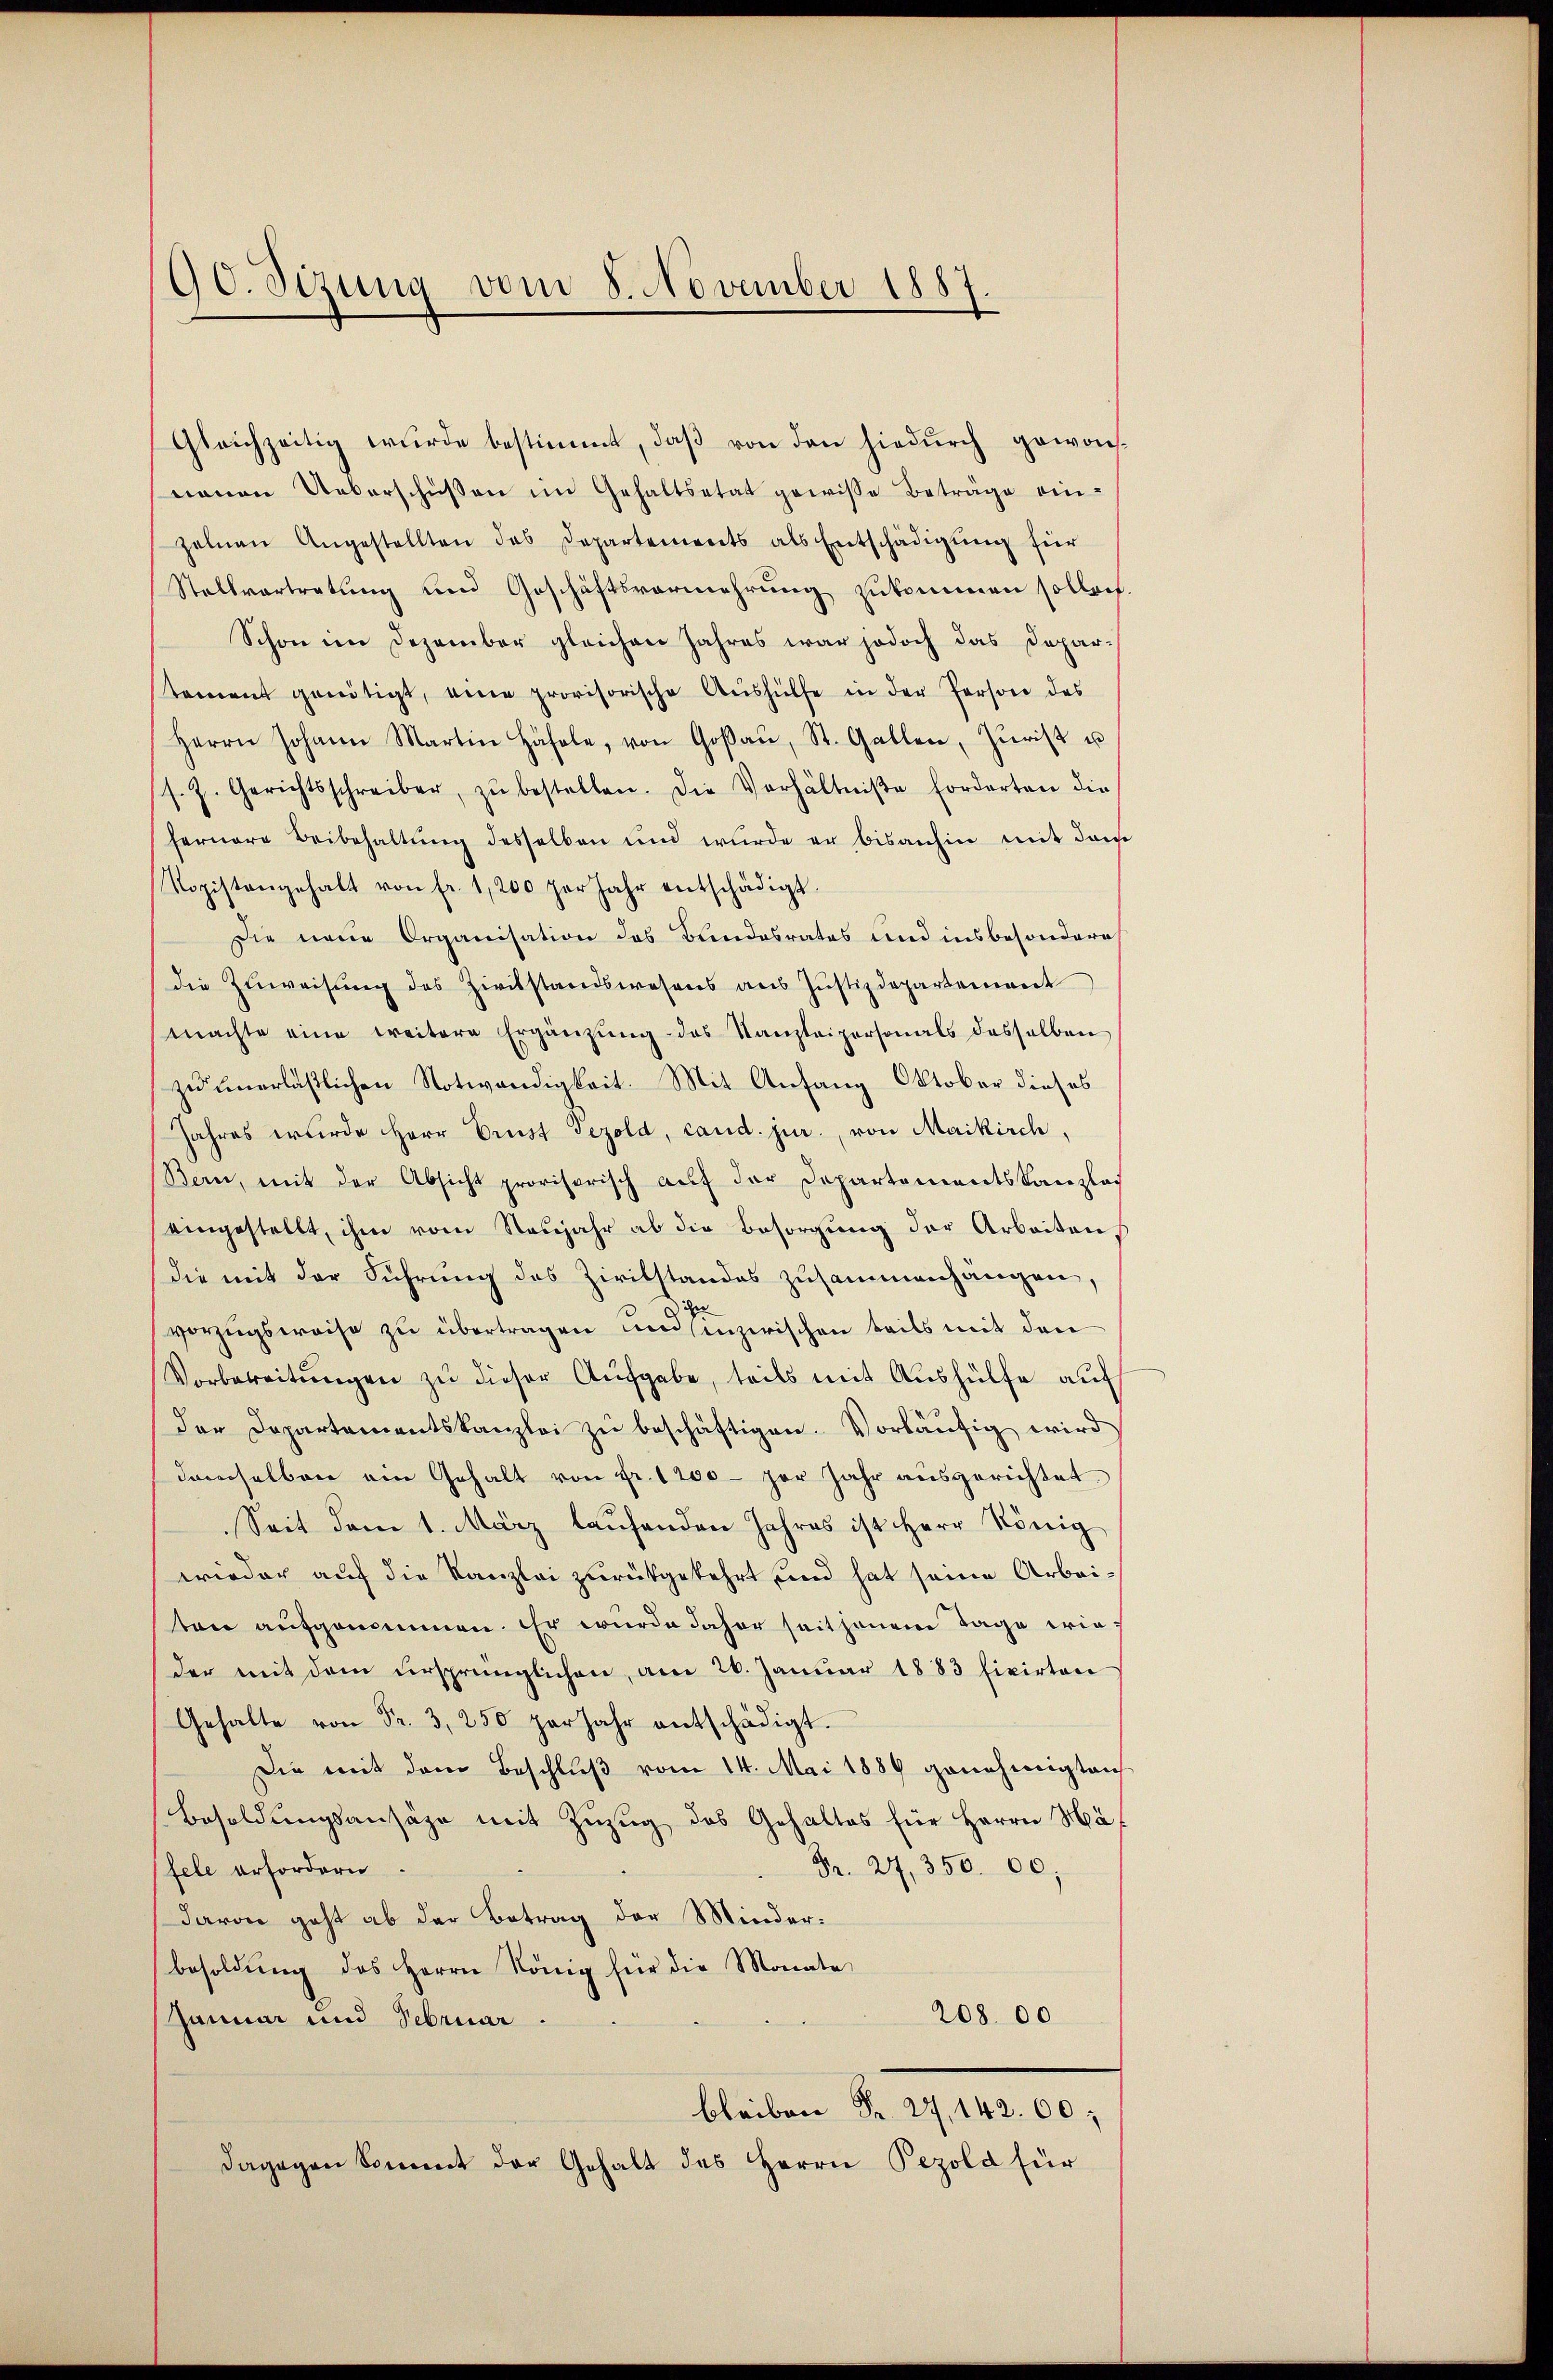
90. Sizung vom 8. November 1887.

Gleichzeitig wurde bestimmt, daß von den hiedurch gewonneuen Ueberschüßen im Gehaltsetat gewisse Beträge ein-
zelnen Angestellten des Departements als Entschädigŭng für
Stellvertretung und Geschäftsvermehrung zukommen sollen.
Schon im Dezember gleichen Jahres war jedoch das Depar-
tement genötigt, eine provisorische Aŭshülfe in der Person des
Herrn Johann Martin Häfele, von Goßau, St. Gallen, Zŭrist u
s. Z. Gerichtsschreiber, zŭ bestellen. Die Verhältniβe Forderten die
fernere Beibehaltung desselben und wurde er bisanhin mit dem
Ropistangehalt von fr. 1,200 per Jahr entschädigt.
Die neue Organisation des Bundesrates und insbesondere
die Zuweisung des Zivilstandswesens aus Justizdepartement
machte eine weitere Ergänzŭng des Kanzleipersonals dasselben
zu unerläßlichen Notwendigkeit. Mit Anfang Oktober dieses
Jahres wurde Herr Prust Gezold, cand. jur., von Maikirch,
Bern, mit der Absicht provisorisch auf der Departementskanzlas
eingestellt, ihm vom Neujahr ab die Besorgung der Arbeiten
die mit der Führung des Zivilstandes zusammenhängen,
vorzugsweise zu übertragen und sinzerischen teils mit den
Vorbereitŭngen zu dieser Aufgabe, teils mit Aushülfe auf
der Departementskanzlei zu beschäftigen. Vorläufig wird
damselben am Gehalt von Fr. 1200 per Jahr ausgerichtet.
Seit dem 1. März laufenden Jahres ist Herr König
wieder auf die Kanzlei zurückgekehrt und hat seine Arbeiten aufgenommen. Er wurde daher seit jenem Tage wie
der mit dem ursprünglichen, am 26. Januar 1883 fixirten
Gehalte von Fr. 3. 250 per Jahr entschädigt.
Die mit dem Beschlŭβ vom 14. Mai 1889 genehmigten
Besoldungsansäge mit Zuzug des Gehaltes für Herrn Hä
fele erfordern
Fr. 24. 350. 00;
davon geht ab der Betrag der Minderbesoldŭng des Herrn König für die Monate
208. 00
Januar und Februar
bleiben Fr. 27, 142. 60,
dagegen Sommt der Gehalt des Herrn Pezold für